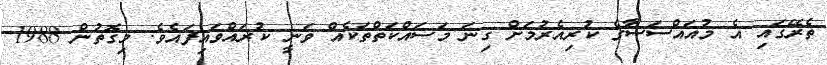
ތެރޭގައި އެ މުއައްސަސާގެ ކުރިއެރުމަށް ގިނަ މަސައްކަތްތަކެއް ވަނީ ކުރައްވައިފައެވެ. މިގޮތުން 1988